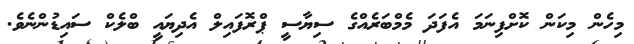
މިހެން މިކަން ކޮށްފިނަމަ އެފަދަ މެމްބަރެއްގެ ސިޔާސީ ޕްރޮފައިލް އެދިޔައީ ބްލެކް ސައިޑުންނެވެ.